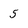
Character: 5